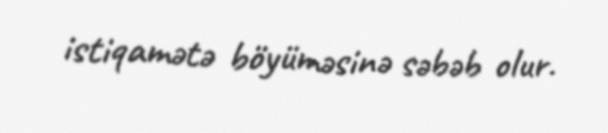
istiqamətə böyüməsinə səbəb olur.